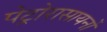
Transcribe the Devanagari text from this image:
पेट्रोरासायनों